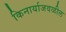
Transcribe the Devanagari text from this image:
किनार्याजवळील